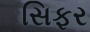
સિફર